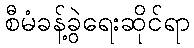
စီမံခန့်ခွဲရေးဆိုင်ရာ